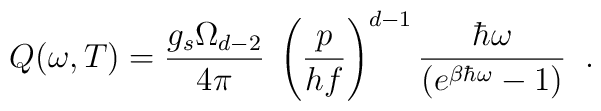
Q(\omega, T) = \frac{g_s \Omega_{d - 2}}{4 \pi} \; \left( \frac{p}{h f} \right)^{d - 1} \frac{\hbar \omega}{(e^{\beta \hbar \omega} - 1)} \; \; .